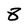
Character: 8